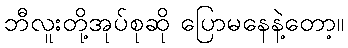
ဘီလူးတို့အုပ်စုဆို ပြောမနေနဲ့တော့။